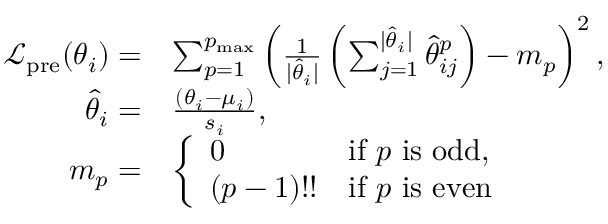
\begin{array} { r l } { \mathcal { L } _ { \mathrm { p r e } } ( \theta _ { i } ) = } & { \sum _ { p = 1 } ^ { p _ { \mathrm { m a x } } } \left( \frac { 1 } { \vert \hat { \theta } _ { i } \vert } \left( \sum _ { j = 1 } ^ { \vert \hat { \theta } _ { i } \vert } \hat { \theta } _ { i j } ^ { p } \right) - m _ { p } \right) ^ { 2 } , } \\ { \hat { \theta } _ { i } = } & { \frac { ( \theta _ { i } - \mu _ { i } ) } { s _ { i } } , } \\ { m _ { p } = } & { \left\{ \begin{array} { l l } { 0 } & { \mathrm { i f ~ } p \mathrm { ~ i s ~ o d d } , } \\ { ( p - 1 ) ! ! } & { \mathrm { i f ~ } p \mathrm { ~ i s ~ e v e n } } \end{array} \right. } \end{array}